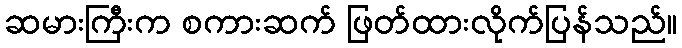
ဆမားကြီးက စကားဆက် ဖြတ်ထားလိုက်ပြန်သည်။